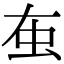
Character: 𧈠